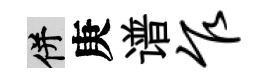
并庚谱乍